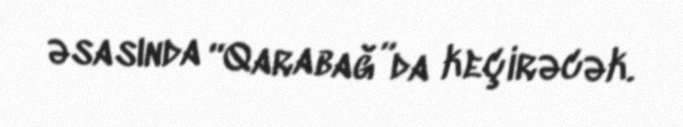
əsasında “Qarabağ”da keçirəcək.